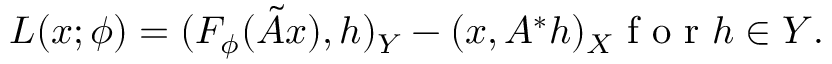
L ( x ; \phi ) = { ( F _ { \phi } ( \tilde { A } x ) , h ) _ { Y } - ( x , A ^ { * } h ) _ { X } } \mathrm { ~ f ~ o ~ r ~ } h \in Y .